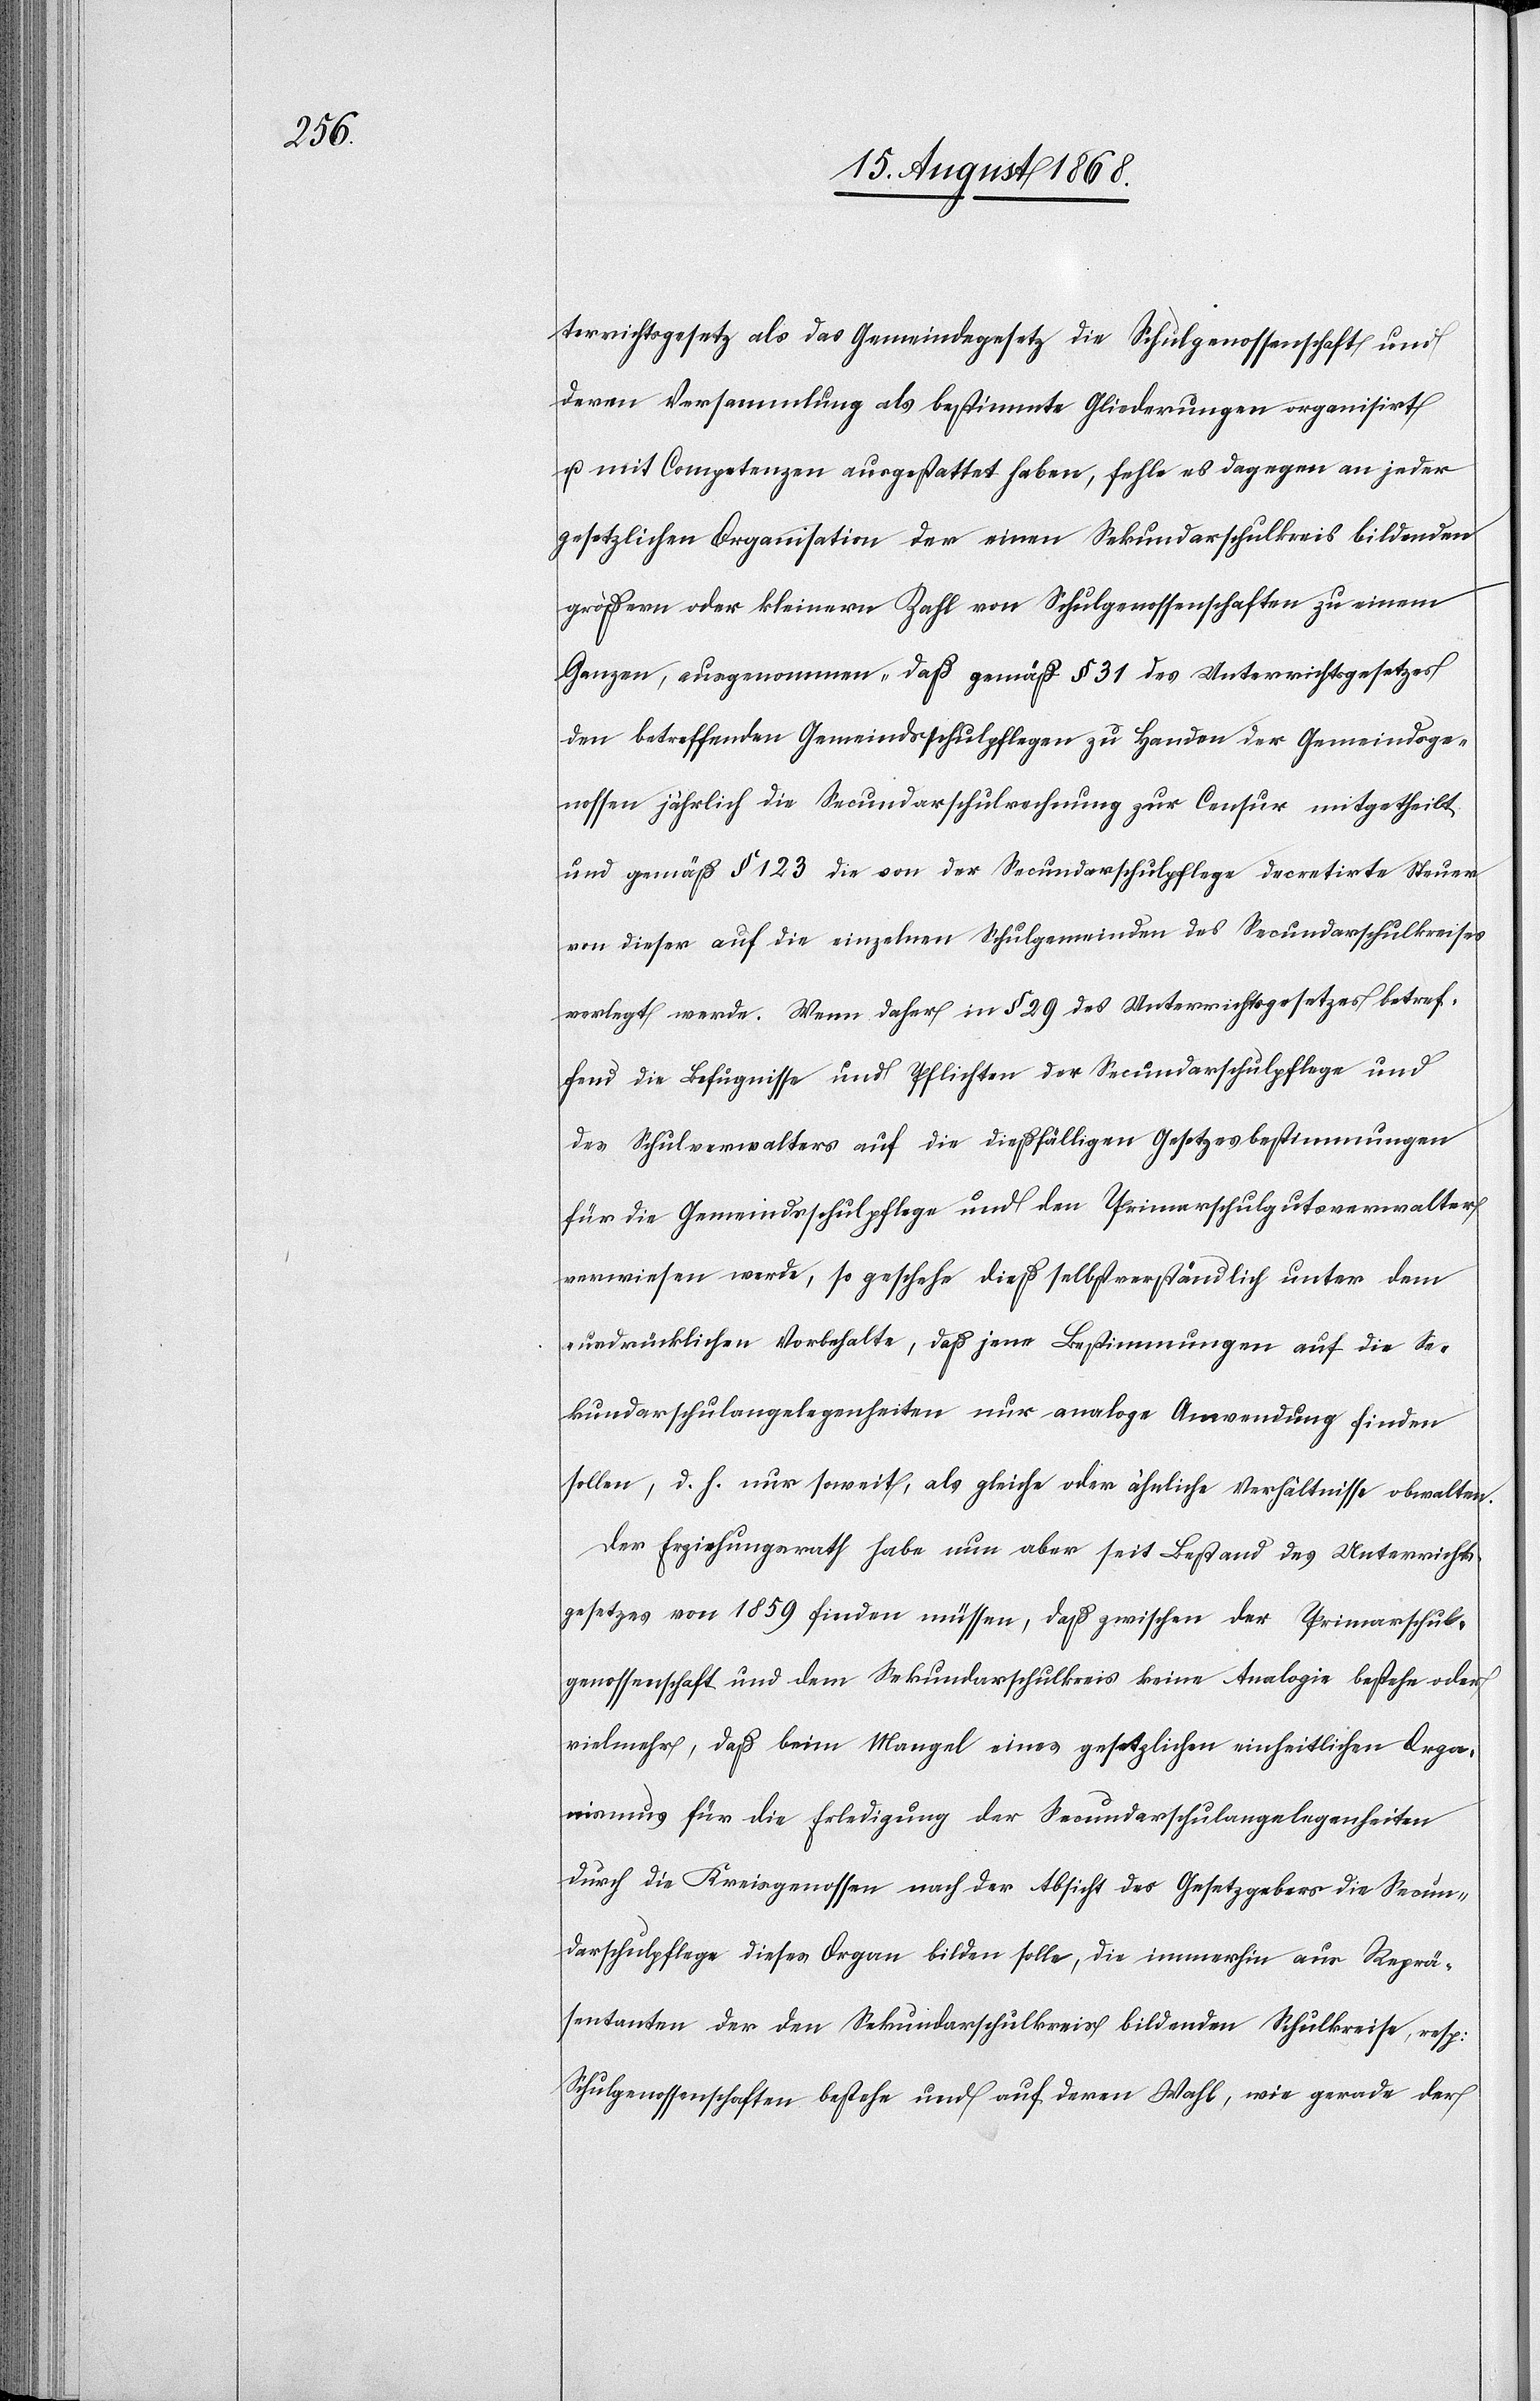
terrichtsgesetz als das Gemeindegesetz die Schulgenossenschaft und
deren Versammlung als bestimmte Gliederungen organisirt
u. mit Competenzen ausgestattet haben, fehle es dagegen an jeder
gesetzlichen Organisation der einen Sekundarschulkreis bildenden
größern oder kleinern Zahl von Schulgenossenschaften zu einem
Ganzen, ausgenommen „daß gemäß § 31 des Unterrichtsgesetzes
den betreffenden Gemeindsschulpflegen zu Handen der Gemeindsge¬
nossen jährlich die Secundarschulrechnung zur Censur mitgetheilt
und gemäß § 123 die von der Secundarschulpflege decretirte Steuer
von dieser auf die einzelnen Schulgemeinden des Secundarschulkreises
verlegt werde.[“] Wenn daher in § 29 des Unterrichtsgesetzes betref¬
fend die Befugnisse und Pflichten der Secundarschulpflege und
des Schulverwalters auf die dießfälligen Gesetzesbestimmungen
für die Gemeindsschulpflege und den Primarschulgutsverwalter
verwiesen werde, so geschehe dieß selbstverständlich unter dem
ausdrücklichen Vorbehalte, daß jene Bestimmungen auf die Se¬
kundarschulangelegenheiten nur analoge Anwendung finden
sollen, d. h. nur soweit, als gleiche oder ähnliche Verhältnisse obwalten.
Der Erziehungsrath habe nun aber seit Bestand des Unterrichts¬
gesetzes von 1859 finden müssen, daß zwischen der Primarschul¬
genossenschaft und dem Sekundarschulkreis keine Analogie bestehe oder
vielmehr, daß beim Mangel eines gesetzlichen einheitlichen Orga¬
nismus für die Erledigung der Secundarschulangelegenheiten
durch die Kreisgenossen nach der Absicht des Gesetzgebers die Secun¬
darschulpflege dieses Organ bilden solle, die immerhin aus Reprä¬
sentanten der den Sekundarschulkreis bildenden Schulkreise, resp:
Schulgenossenschaften bestehe und auf deren Wahl, wie gerade der